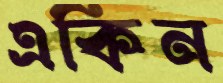
একিন